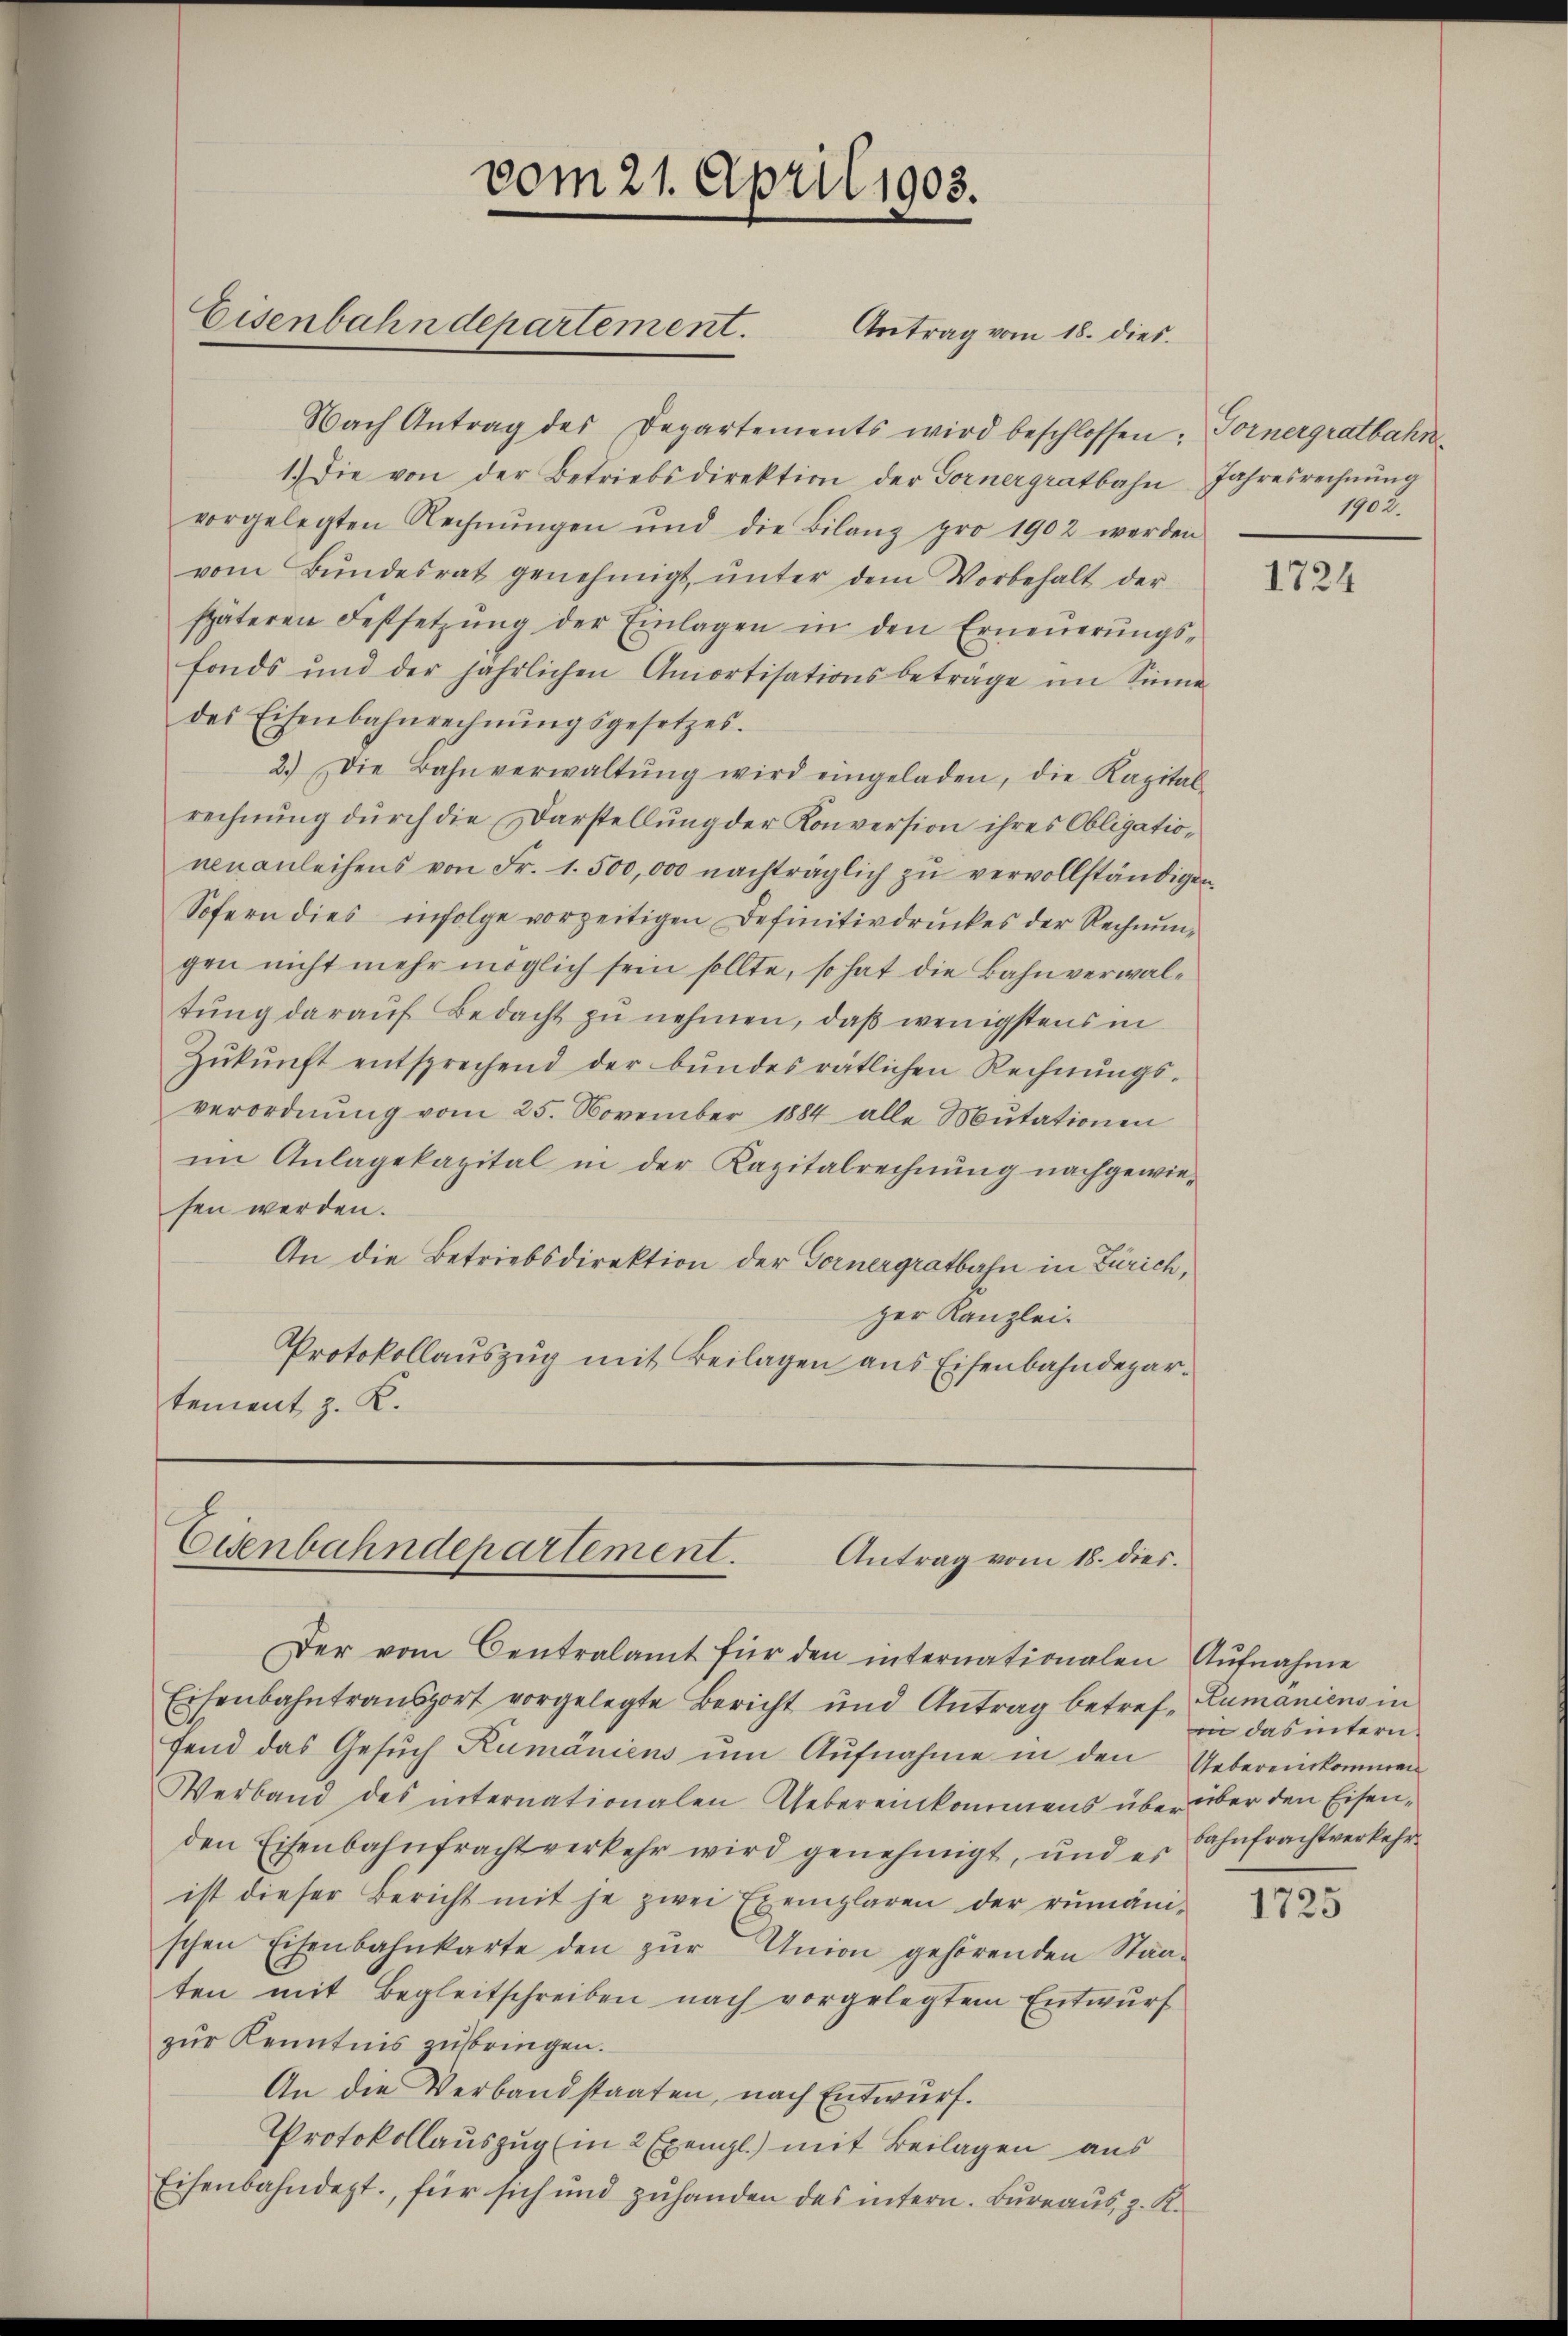
Nach Antrag des Departements wird beschlossen: Fornergratbahn¬
1.) Die von der Betriebsdirektion der Fornergratbahn Jahresrechnŭng
vorgelegten Rechnŭngen und die Bilanz pro 1902 werden
vom Bŭndesrat genehmigt, ŭnter dem Vorbehalt der
späteren Festsetzung der Einlagen in den Erneuerungsfonds und der jährlichen Amortisationsbeträge im Sinne
des Eisenbahnrechnŭngsgesetzes.
2.) Die Bahnverwaltŭng wird eingeladen, die Kapital
rechnung durch die Darstellung der Konversion ihres Obligationenanleihens von Fr. 1. 500,000 nachträglich zŭ vervollständigen
Sofern dies infolge vorzeitigen Definitivdruckes der Rechnungen nicht mehr möglich sein sollte, so hat die Bahnverwaltŭng daraŭf Bedacht zŭ nehmen, daß wenigstens in
Zŭkŭnft entsprechend der Bŭndesrätlichen Rechnŭngs-
verordnŭng vom 25. November 1884 alle Mŭtationen
im Anlagekapital in der Kapitalrechnŭng nachgewiesen werden.
An die Betriebsdirektion der Gernergratbahn in Zürich,
zer Kanzlei.
Protokollauszug mit Beilagen aus Eisenbahndepartement z. K.

vom 21. April 1903.
Eisenbahndepartement. Antrag vom 18. dies

Eisenbahndepartement.
Antrag vom 18. dies.

Der vom Centralamt für den internationalen Aufnahme
Eisenbahntransport vorgelegte Bericht und Antrag betref Lumaniens in
fend das Gesŭch Rumäniens ŭm Aŭfnahme in den Uebereinkommen
Verband des unternationalen Uebereinkommens über über den Eisenden Eisenbahnfracht verkehr wird genehmigt, und es Sohnfrachtverkehrist dieser Bericht mit je zwei Exemplaren der rumäni-
schen Eisenbahnkarte den zŭr Union gehörenden Staaten mit Begleitschreiben nach vorgelegtem Entwurf
zŭr Kenntnis zubringen.
An die Verbandstaaten, nach Entwurf.
Protokollauszug (in 2 Exempl.) mit Beilagen aus
Eisenbahndept., für sich und zŭhanden des intern. Büreaŭs z. R.

1902.

1724

in das inntern.

1725